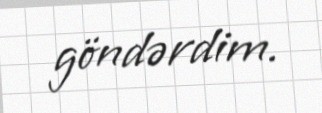
göndərdim.